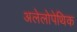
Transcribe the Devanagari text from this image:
अलेलोपेथिक